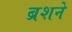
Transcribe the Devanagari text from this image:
ब्रशने